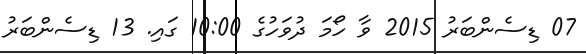
07 ޑިސެންބަރު 2015 ވާ ހޯމަ ދުވަހުގެ 10:00 ގައި. 13 ޑިސެންބަރު